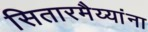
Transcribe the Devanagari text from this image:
सितारमैय्यांना